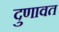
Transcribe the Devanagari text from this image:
दुणावत